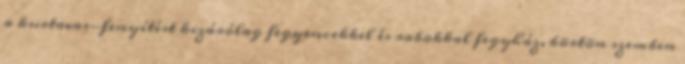
a kurtavas-fenyítést kizárólag fegyencekkel és rabokkal fegyház, börtön szemben